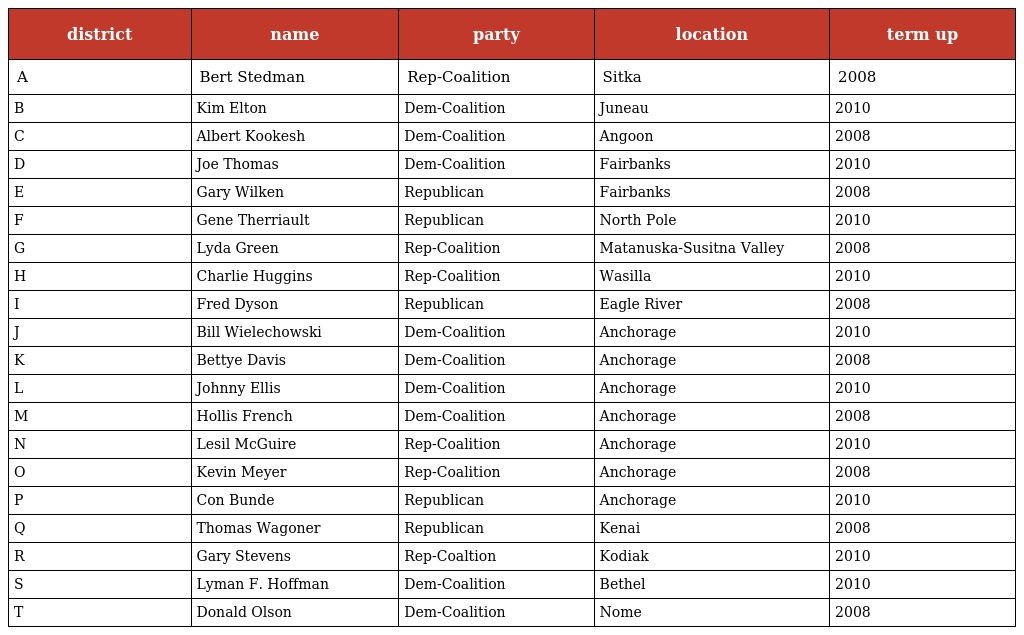
| district | name | party | location | term up |
 | --- | --- | --- | --- | --- |
 | A | Bert Stedman | Rep-Coalition | Sitka | 2008 |
 | B | Kim Elton | Dem-Coalition | Juneau | 2010 |
 | C | Albert Kookesh | Dem-Coalition | Angoon | 2008 |
 | D | Joe Thomas | Dem-Coalition | Fairbanks | 2010 |
 | E | Gary Wilken | Republican | Fairbanks | 2008 |
 | F | Gene Therriault | Republican | North Pole | 2010 |
 | G | Lyda Green | Rep-Coalition | Matanuska-Susitna Valley | 2008 |
 | H | Charlie Huggins | Rep-Coalition | Wasilla | 2010 |
 | I | Fred Dyson | Republican | Eagle River | 2008 |
 | J | Bill Wielechowski | Dem-Coalition | Anchorage | 2010 |
 | K | Bettye Davis | Dem-Coalition | Anchorage | 2008 |
 | L | Johnny Ellis | Dem-Coalition | Anchorage | 2010 |
 | M | Hollis French | Dem-Coalition | Anchorage | 2008 |
 | N | Lesil McGuire | Rep-Coalition | Anchorage | 2010 |
 | O | Kevin Meyer | Rep-Coalition | Anchorage | 2008 |
 | P | Con Bunde | Republican | Anchorage | 2010 |
 | Q | Thomas Wagoner | Republican | Kenai | 2008 |
 | R | Gary Stevens | Rep-Coaltion | Kodiak | 2010 |
 | S | Lyman F. Hoffman | Dem-Coalition | Bethel | 2010 |
 | T | Donald Olson | Dem-Coalition | Nome | 2008 |